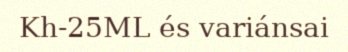
Kh-25ML és variánsai